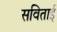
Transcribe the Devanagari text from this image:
सविताई